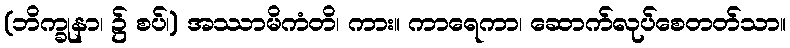
(ဘိက္ခုနာ၊ ၌ စပ်၊) အဿာမိကံတိ၊ ကား။ ကာရေကာ၊ ဆောက်လုပ်စေတတ်သာ။